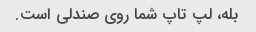
بله، لپ تاپ شما روی صندلی است.